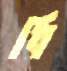
ধি